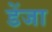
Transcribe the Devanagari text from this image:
डेंजा